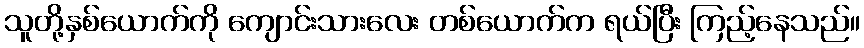
သူတို့နှစ်ယောက်ကို ကျောင်းသားလေး တစ်ယောက်က ရယ်ပြီး ကြည့်နေသည်။